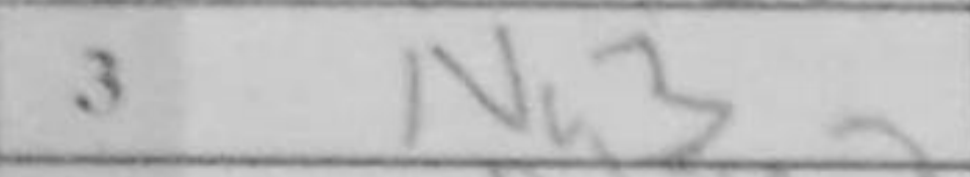
Transcription: Nc3